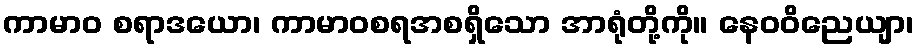
ကာမာဝ စရာဒယော၊ ကာမာဝစရအစရှိသော အာရုံတို့ကို။ နေဝဝိညေယျာ၊